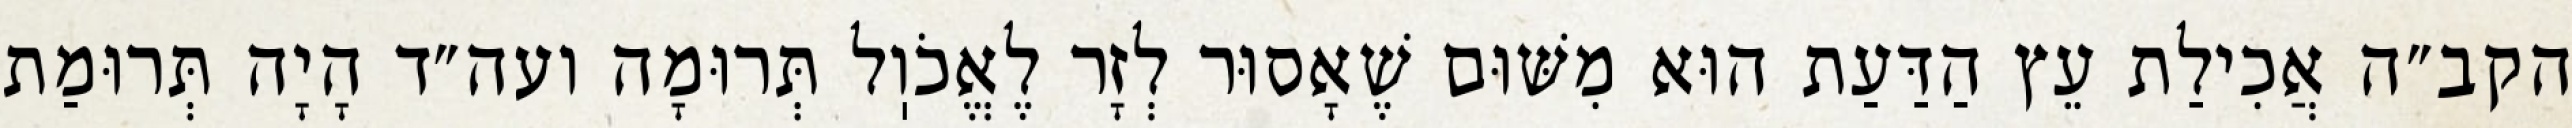
הקב״ה אֲכִילַת עֵץ הַדַּעַת הוּא מִשּׁוּם שֶׁאָסוּר לְזָר לֶאֱכֹוֽל תְּרוּמָה ועה״ד הָיָה תְּרוּמַת